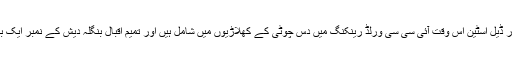
ہاشم آملہ اور ڈیل اسٹین اس وقت آئی سی سی ورلڈ رینکنگ میں دس چوٹی کے کھلاڑیوں میں شامل ہیں اور تمیم اقبال بنگلہ دیش کے نمبر ایک بیٹسمین ہیں۔